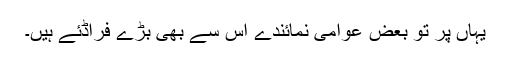
یہاں پر تو بعض عوامی نمائندے اس سے بھی بڑے فراڈئے ہیں۔